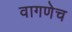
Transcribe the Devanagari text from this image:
वागणेच